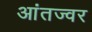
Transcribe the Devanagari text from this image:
आंतज्वर